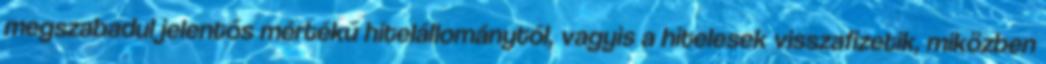
megszabadul jelentős mértékű hitelállománytól, vagyis a hitelesek visszafizetik, miközben